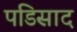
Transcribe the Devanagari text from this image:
पडिसाद